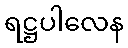
ရဋ္ဌပါလေန